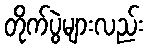
တိုက်ပွဲများလည်း